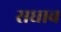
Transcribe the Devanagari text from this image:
सधाव